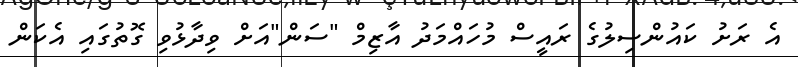
އެ ރަށު ކައުންސިލުގެ ރައީސް މުހައްމަދު އާޒިމް "ސަން"އަށް ވިދާޅުވި ގޮތުގައި އެކަން